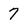
Character: 7